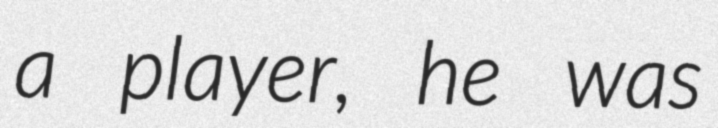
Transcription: a player, he was